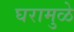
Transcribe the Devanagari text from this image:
घरामुळे